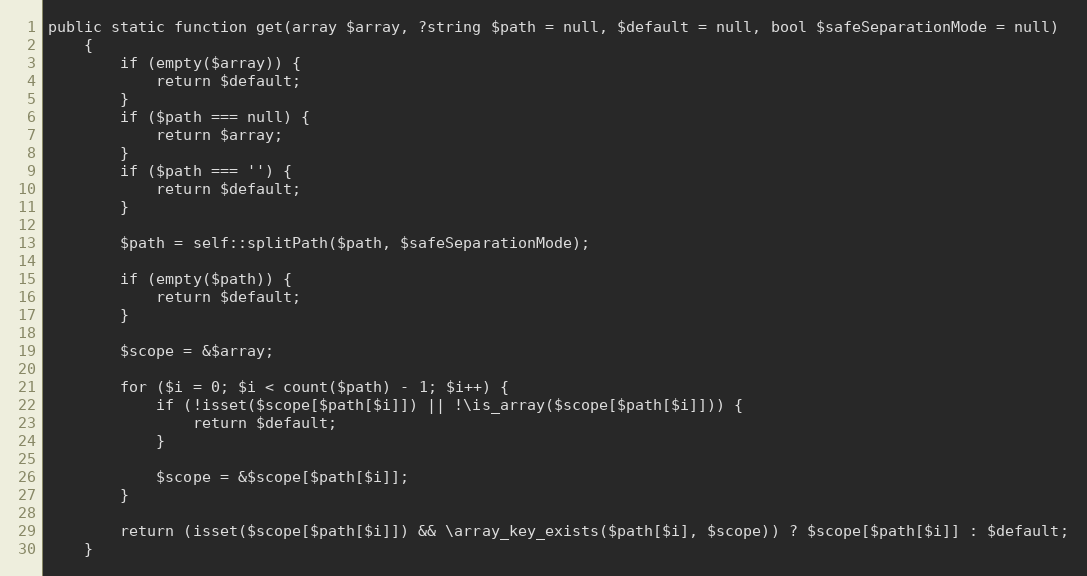
Language: PHP
public static function get(array $array, ?string $path = null, $default = null, bool $safeSeparationMode = null)
    {
        if (empty($array)) {
            return $default;
        }
        if ($path === null) {
            return $array;
        }
        if ($path === '') {
            return $default;
        }

        $path = self::splitPath($path, $safeSeparationMode);

        if (empty($path)) {
            return $default;
        }

        $scope = &$array;

        for ($i = 0; $i < count($path) - 1; $i++) {
            if (!isset($scope[$path[$i]]) || !\is_array($scope[$path[$i]])) {
                return $default;
            }

            $scope = &$scope[$path[$i]];
        }

        return (isset($scope[$path[$i]]) && \array_key_exists($path[$i], $scope)) ? $scope[$path[$i]] : $default;
    }